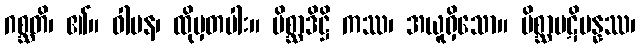
ဂစ္ဆတိ၊ ၏။ ဝါပန၊ ထိုမှတပါး။ မိစ္ဆာဒိဋ္ဌိ ကဿ၊ အယူရှိသော။ မိစ္ဆာပဋိပန္နဿ၊